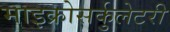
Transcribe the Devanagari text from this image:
माइक्रोसर्कुलेटरी